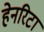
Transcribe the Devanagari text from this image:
हेनरिटा